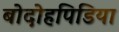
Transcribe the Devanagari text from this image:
बोदोहपिडिया